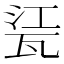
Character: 𤭊